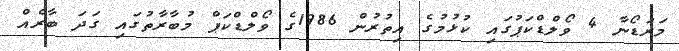
މަރަޑޯނާ 4 ވޯލްޑްކަޕުގައި ކުޅުމުގެ އިތުރުން 1986ގެ ވޯލްޑްކަޕް މުބާރާތުގައި ގަދަ ބާރެއް